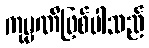
ကုမ္ပဏီဖြစ်ပါသည်